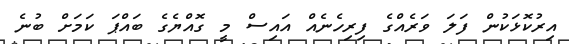
އިރުކޮޅަކުން ފަލަ ވަރެއްގެ ފިރިހެނެއް އައިސް މީ ގޮއްޔެގެ ބައްޕަ ކަމަށް ބުނެ